Civil Veterinary Dept. North-West Frontier Province 1933-46 - 1933-1946
Year: 1933
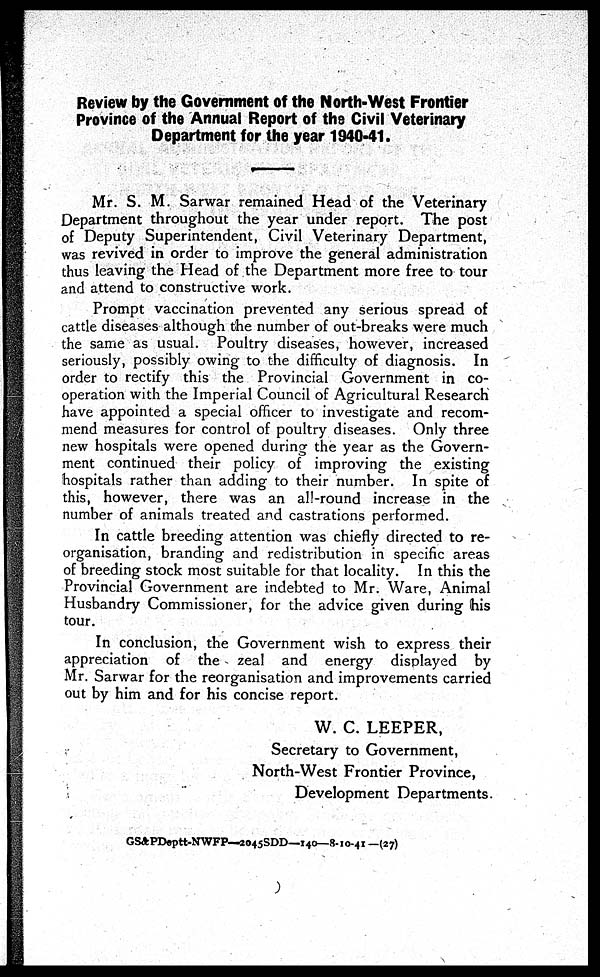
Review by the Government of the North-West Frontier
Province of the Annual Report of the Civil Veterinary
Department for the year 1940-41.
Mr. S. M. Sarwar remained Head of the Veterinary
Department throughout the year under report. The post
of Deputy Superintendent, Civil Veterinary Department,
was revived in order to improve the general administration
thus leaving the Head of the Department more free to tour
and attend to constructive work.
Prompt vaccination prevented any serious spread of
cattle diseases although the number of out-breaks were much
the same as usual. Poultry diseases, however, increased
seriously, possibly owing to the difficulty of diagnosis. In
order to rectify this the Provincial Government in co-
operation with the Imperial Council of Agricultural Research
have appointed a special officer to investigate and recom-
mend measures for control of poultry diseases. Only three
new hospitals were opened during the year as the Govern-
ment continued their policy of improving the existing
hospitals rather than adding to their number. In spite of
this, however, there was an all-round increase in the
number of animals treated and castrations performed.
In cattle breeding attention was chiefly directed to re-
organisation, branding and redistribution in specific areas
of breeding stock most suitable for that locality. In this the
Provincial Government are indebted to Mr. Ware, Animal
Husbandry Commissioner, for the advice given during his
tour.
In conclusion, the Government wish to express their
appreciation of the zeal and energy displayed by
Mr. Sarwar for the reorganisation and improvements carried
out by him and for his concise report.
W. C. LEEPER,
Secretary to Government,
North-West Frontier Province,
Development Departments.
GS&PDeptt-NWFP—2045SDD—140— 8-10-41 — (27)